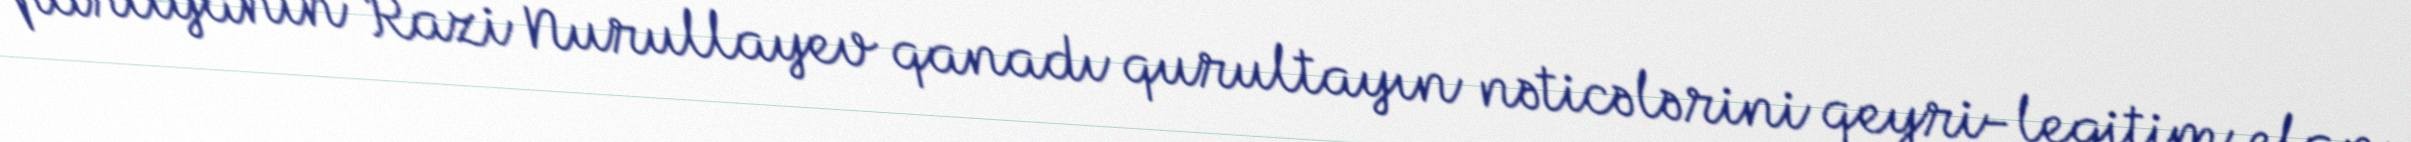
partiyanın Razi Nurullayev qanadı qurultayın nəticələrini qeyri-legitim elan